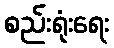
စည်းရုံးရေး